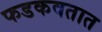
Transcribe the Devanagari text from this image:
फडकवतात